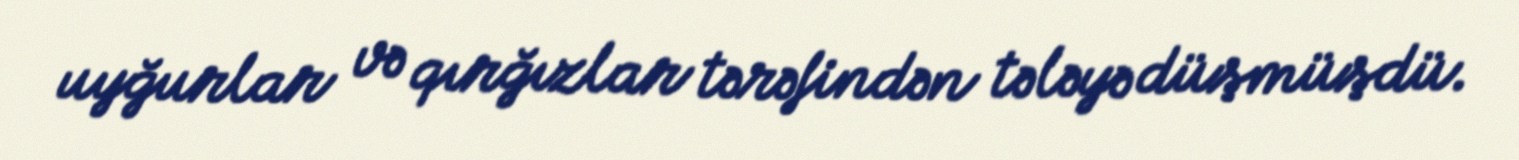
uyğurlar və qırğızlar tərəfindən tələyə düşmüşdü.